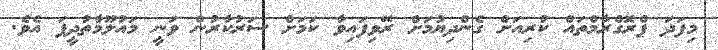
މިފަދަ ޕްރޮގްރާމްތައް ކުރިއަށް ގެންދިޔުމަށް ރޭވިފައިވާ ކަމަށް ސަރުކާރުން ވަނީ މައުލޫމާތުދީފަ އެވެ.